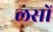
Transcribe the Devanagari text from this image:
लसों